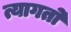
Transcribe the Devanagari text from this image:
त्यागतो